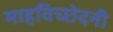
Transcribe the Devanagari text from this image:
माहविच्छेदनी